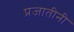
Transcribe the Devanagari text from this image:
प्रजातीनी